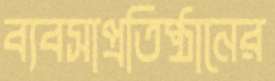
ব্যবসাপ্রতিষ্ঠানের